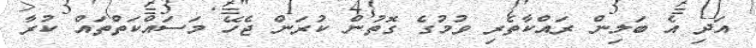
އަދި އެ ބަލިން ރައްކާތެރި ވުމުގެ ގޮތުން ކުރަން ޖެހޭ މަސައްކަތްތައް ކުރާ